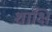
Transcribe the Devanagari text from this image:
शांक्षि